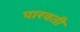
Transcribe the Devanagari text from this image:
पारवती